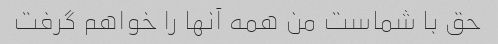
حق با شماست من همه آنها را خواهم گرفت